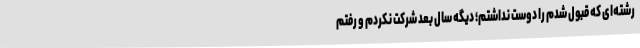
رشته‌ای که قبول شدم را دوست نداشتم؛ دیگه سال بعد شرکت نکردم و رفتم